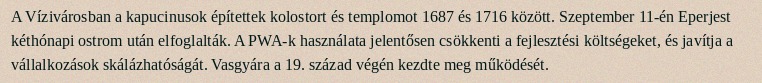
A Vízivárosban a kapucinusok építettek kolostort és templomot 1687 és 1716 között. Szeptember 11-én Eperjest kéthónapi ostrom után elfoglalták. A PWA-k használata jelentősen csökkenti a fejlesztési költségeket, és javítja a vállalkozások skálázhatóságát. Vasgyára a 19. század végén kezdte meg működését.